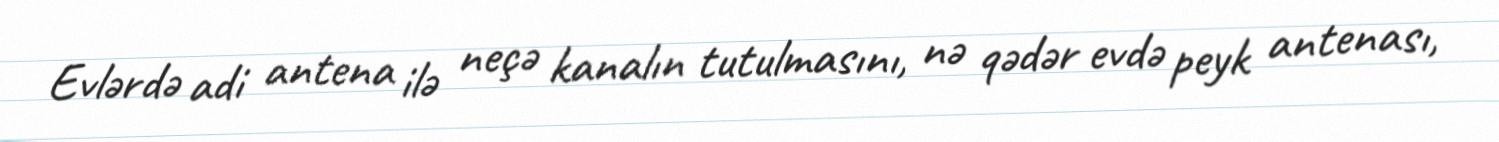
Evlərdə adi antena ilə neçə kanalın tutulmasını, nə qədər evdə peyk antenası,